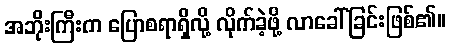
အဘိုးကြီးက ပြောစရာရှိလို့ လိုက်ခဲ့ဖို့ လာခေါ်ခြင်းဖြစ်၏။